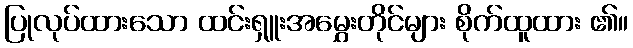
ပြုလုပ်ထားသော ထင်းရှူးအမွှေးတိုင်များ စိုက်ထူထား ၏။